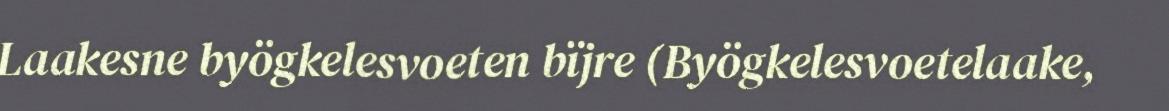
Laakesne byögkelesvoeten bïjre (Byögkelesvoetelaake,